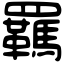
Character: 羈